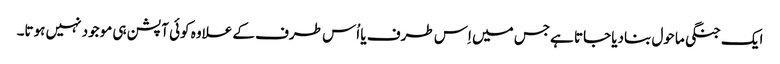
ایک جنگی ماحول بنادیا جاتا ہےجس میں اِس طرف یا اُس طرف کے علاوہ کوئی آپشن ہی موجود نہیں ہوتا۔